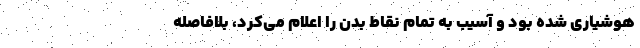
هوشیاری شده بود و آسیب به تمام نقاط بدن را اعلام می‌کرد، بلافاصله